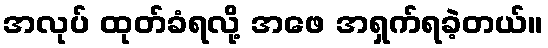
အလုပ် ထုတ်ခံရလို့ အဖေ အရှက်ရခဲ့တယ်။